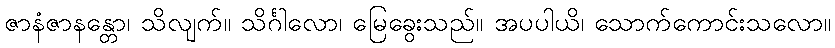
ဇာနံဇာနန္တော၊ သိလျက်။ သိင်္ဂါလော၊ မြေခွေးသည်။ အပပါယိ၊ သောက်ကောင်းသလော။